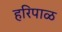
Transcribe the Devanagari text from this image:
हरिपाळ